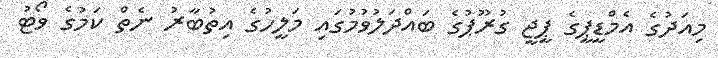
މިއަދުގެ އެމްޑީޕީގެ ޕީޖީ ގުރޫޕުގެ ބައްދަލުވުމުގައި މަލީހުގެ އިތުބާރު ނެތް ކަމުގެ ވޯޓު